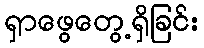
ရှာဖွေတွေ့ရှိခြင်း